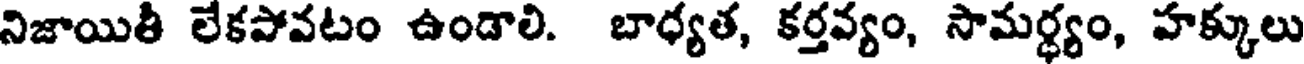
నిజాయితీ లేకపోవటం ఉండాలి. బాధ్యత, కర్తవ్యం, సామర్ధ్యం, హక్కులు